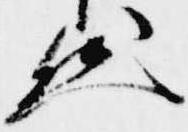
然